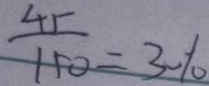
\frac { 4 5 } { 1 5 0 } = 3 0 \%